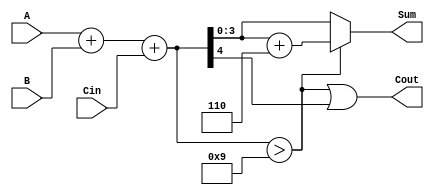
module BCD_Ripple_Carry_Adder (
    input [3:0] A,    // First BCD digit
    input [3:0] B,    // Second BCD digit
    input Cin,        // Carry-in
    output [3:0] Sum, // BCD Output
    output Cout       // Carry-out
);

// Intermediate signals
wire [4:0] binary_sum; // 5 bits to hold carry-out
wire correction;       // Signal to indicate correction needed

// Perform binary addition
assign binary_sum = A + B + Cin;

// Check if correction is needed
assign correction = binary_sum > 9;

// Correct the sum if needed
assign Sum = correction ? (binary_sum + 4'b0110) : binary_sum[3:0];
assign Cout = correction || binary_sum[4]; // Carry-out if correction or overflow occurs

endmodule